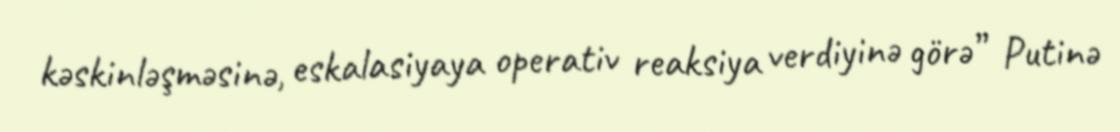
kəskinləşməsinə, eskalasiyaya operativ reaksiya verdiyinə görə” Putinə